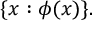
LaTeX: \{ x : \phi ( x ) \} .